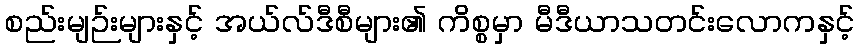
စည်းမျဉ်းများနှင့် အယ်လ်ဒီစီများ၏ ကိစ္စမှာ မီဒီယာသတင်းလောကနှင့်